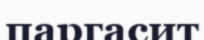
паргасит